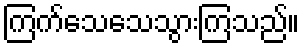
ကြက်သေသေသွားကြသည်။